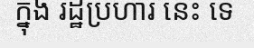
ក្នុង រដ្ឋប្រហារ នេះ ទេ